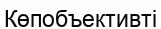
Көпобъективті